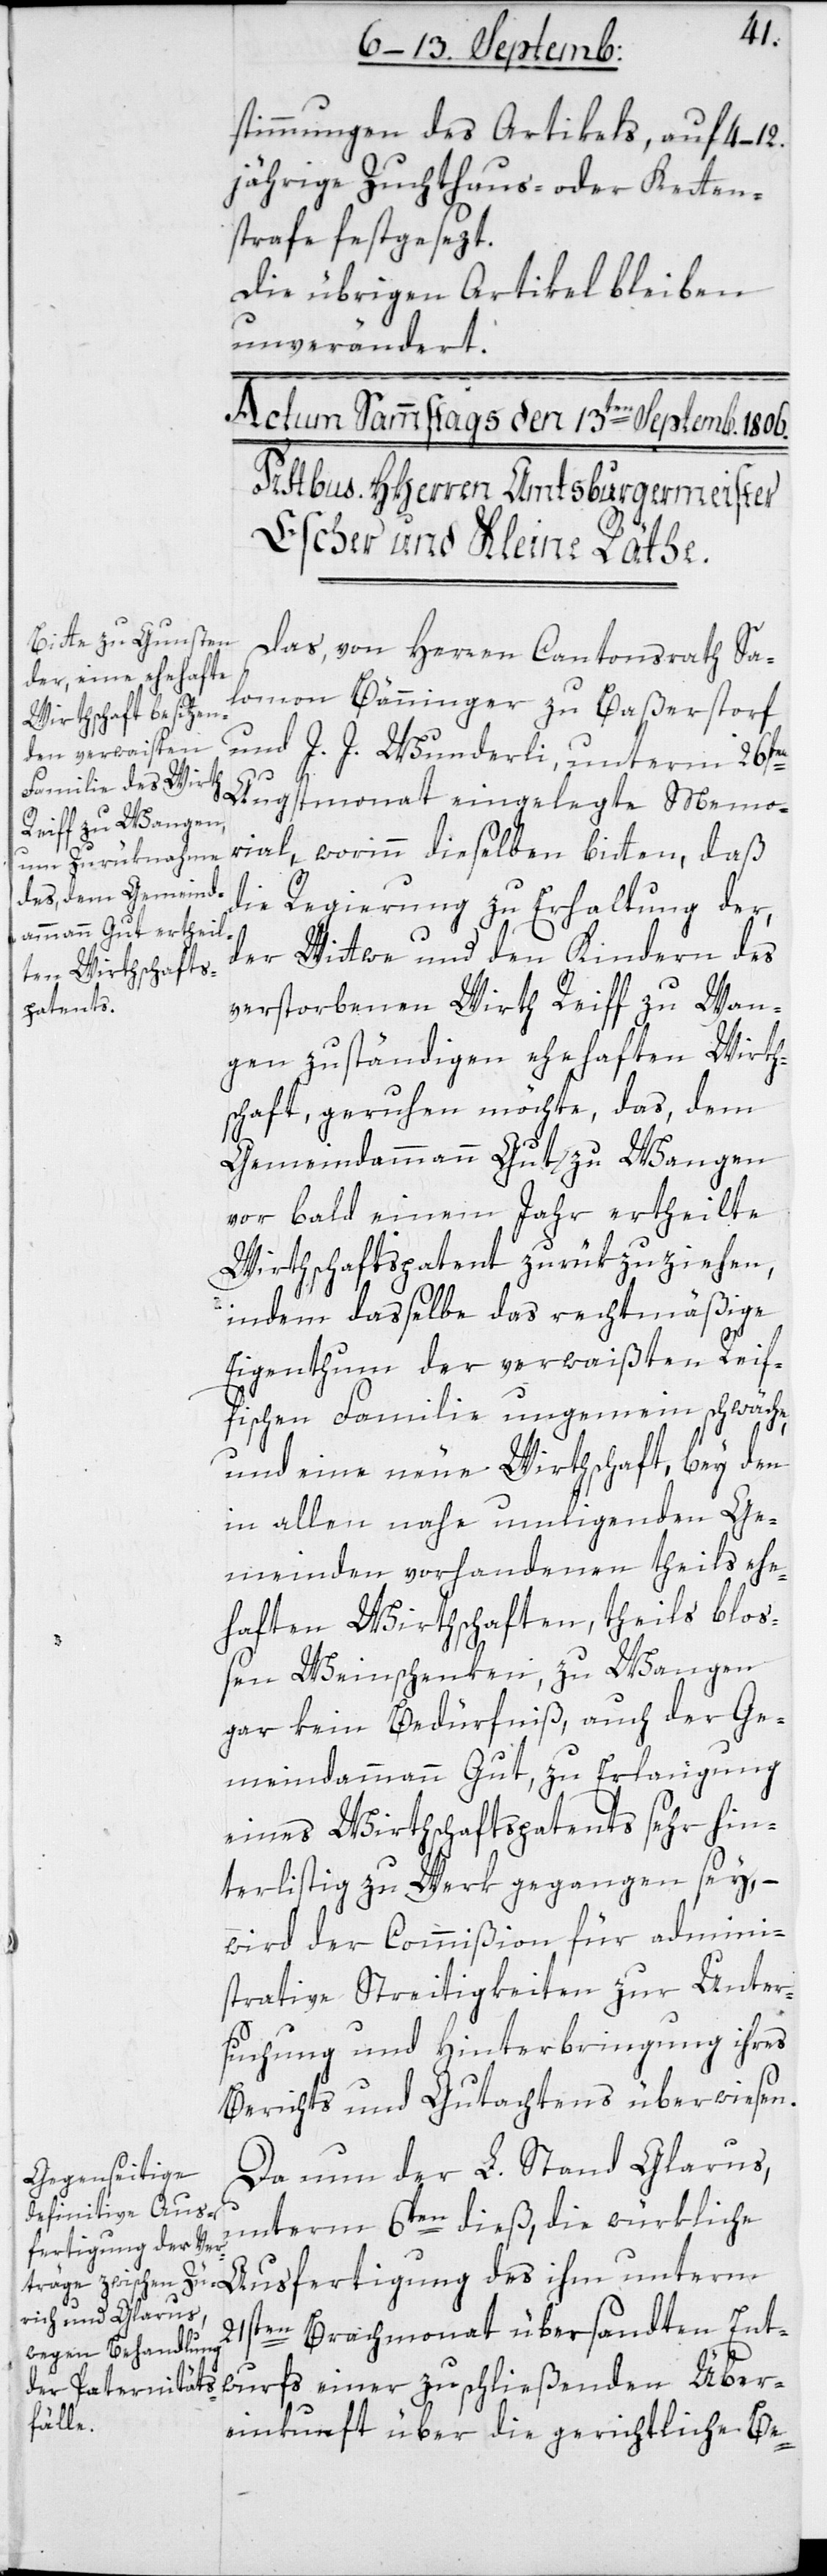
stimmungen des Artikels, auf 4–12.
jährige Zuchthaus- oder Ketten¬
strafe festgesezt.
Die übrigen Artikel bleiben
unverändert.
Das, von Herren Cantonsrath Sa¬
lomon Bänninger zu Baßerstorf
und J. J. Wunderli, unterm 26sten
Augstmonat eingelegte Memo¬
rial, worin dieselben bitten, daß
die Regierung zu Erhaltung der,
der Wittwe und den Kindern des
verstorbenen Wirth Reiff zu Wan¬
gen zuständigen ehehaften Wirth¬
schaft, geruhen möchte, das dem
Gemeindammann Gut zu Wangen
vor bald einem Jahr ertheilte
Wirthschaftspatent zurükzuziehen,
indem daßelbe das rechtmäßige
Eigenthum der verwaßten Reif¬
fischen Familie ungemein schwäche,
und eine neue Wirthschaft, bey den
in allen nahe umliegenden Ge¬
meinden vorhandenen, theils ehe¬
haften Wirthschaften, theils blo¬
ßen Weinschenken, zu Wangen
gar kein Bedürfnis, auch der Ge¬
meindammann Gut, zur Erlangung
eines Wirthschaftspatents sehr hin¬
terlistig zu Werk gegangen sey, –
wird der Commißion für admini¬
strative Streitigkeiten zur Unter¬
suchung und Hinterbringung ihres
Berichts und Gutachtens überwiesen.
Da nun der L. Stand Glarus,
unterm 6ten dieß, die würkliche
Ausfertigung des ihm unterm
21sten Brachmonat übersandten Ent¬
wurfs einer zu schließenden Über¬
einkunft über die gerichtliche Be-